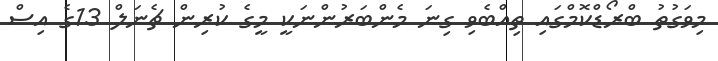
މިވަގުތު ބްރޯޑްކޮމްގައި ތިއްބެވި ގިނަ މެންބަރުންނަކީ މީގެ ކުރިން ޗެނަލް 13ގެ އިސް